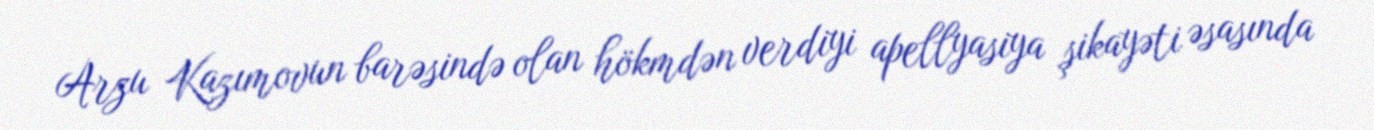
Arzu Kazımovun barəsində olan hökmdən verdiyi apellyasiya şikayəti əsasında